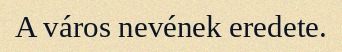
A város nevének eredete.